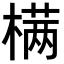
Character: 𣗊